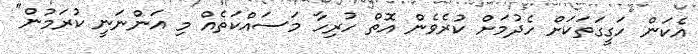
އެކަން ހަގީގަތަކަށް ހެދުމަށް ކުރެވެން އޮތް ހުރިހާ މަސައްކަތެއް މި އަންނަނީ ކުރަމުން"